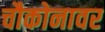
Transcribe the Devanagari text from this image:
चौकोनावर